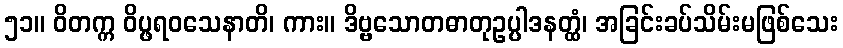
၅၁။ ဝိတက္က ဝိပ္ဖရဝသေနာတိ၊ ကား။ ဒိဗ္ဗသောတဓာတုဥပ္ပါဒနတ္ထံ၊ အခြင်းခပ်သိမ်းမဖြစ်သေး